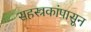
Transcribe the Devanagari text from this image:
सहस्त्रकांपासून